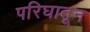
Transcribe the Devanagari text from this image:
परिघातून